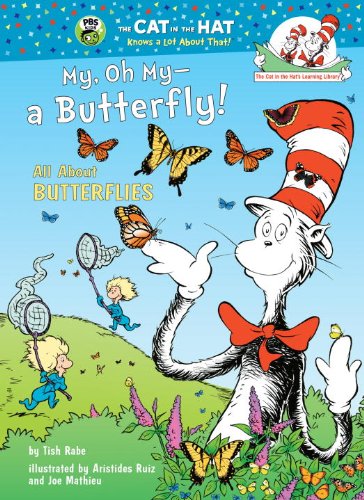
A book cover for My, Oh My--A Butterfly!: All About Butterflies (Cat in the Hat's Learning Library); Tish Rabe; Children's Books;